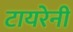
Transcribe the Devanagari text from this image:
टायरेनी